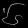
Digit: ၆